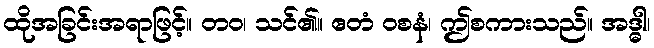
ထိုအခြင်းအရာဖြင့်။ တဝ၊ သင်၏။ ဧတံ ဝစနံ၊ ဤစကားသည်။ အဒ္ဓါ၊